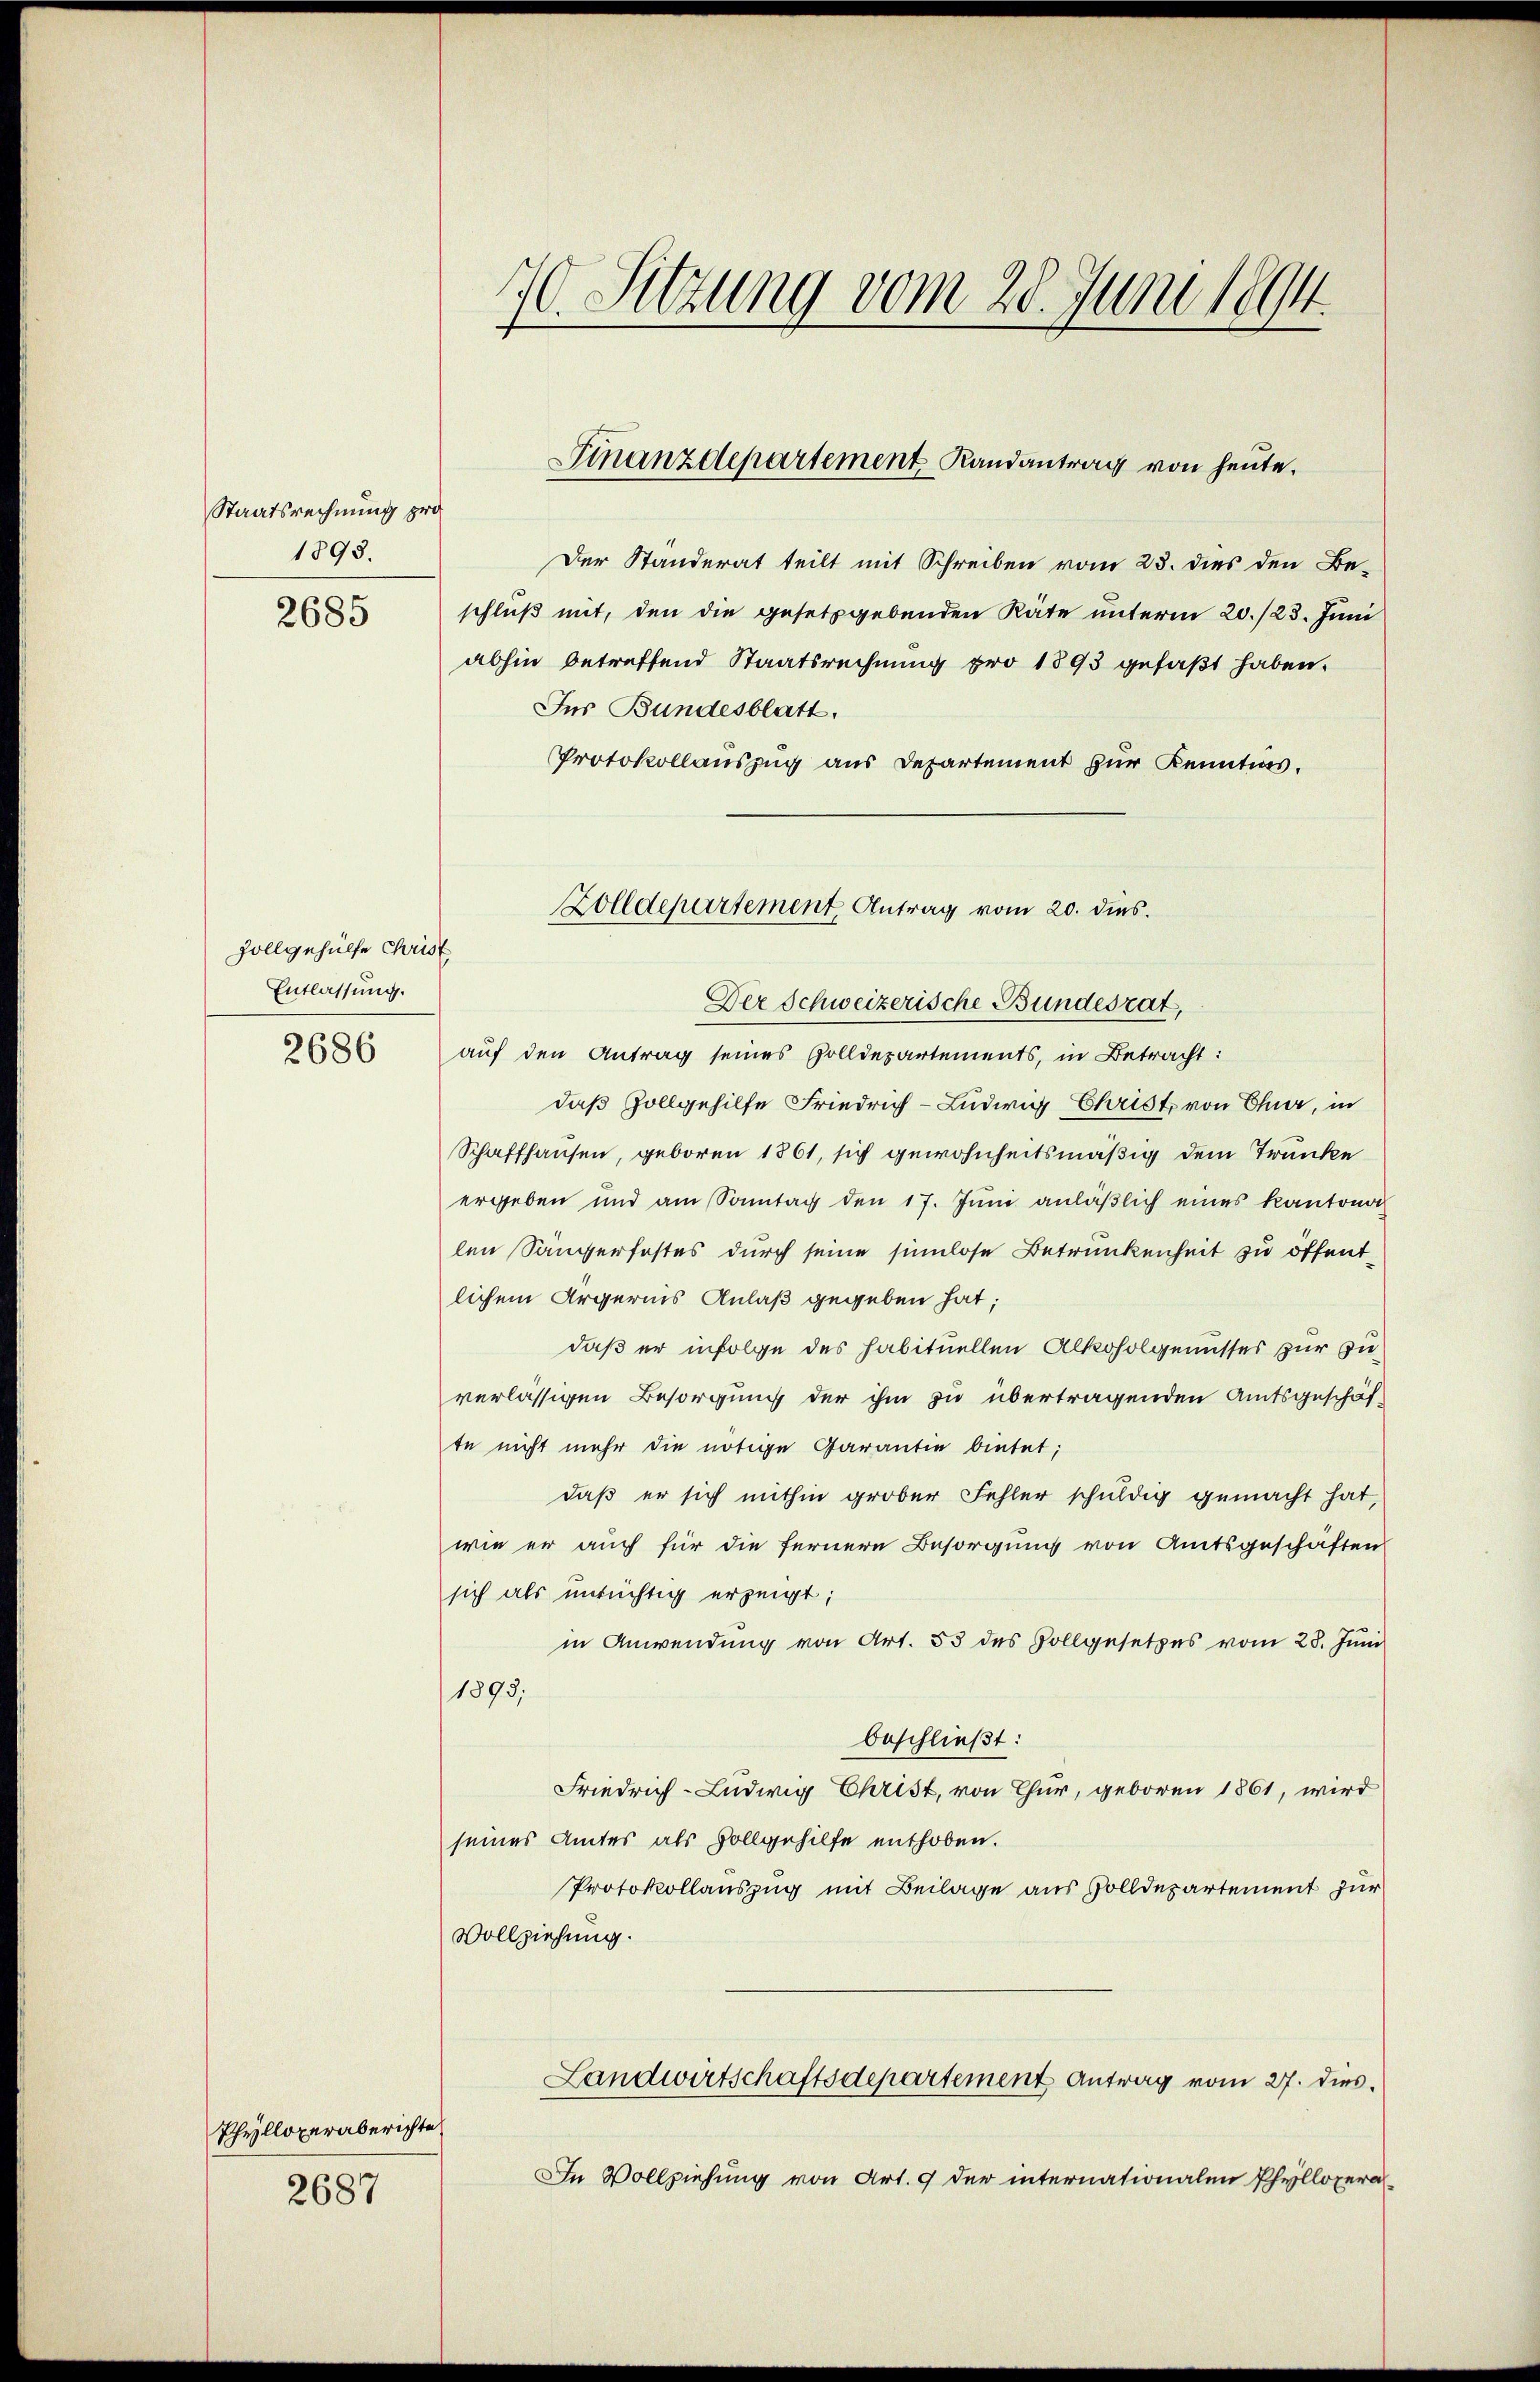
Staatsrechnung pro
1898.

2685

vollgehülfe Christ
Entlassung.

2686

Der Standerat teilt mit Schreiben vom 23. dies den Be-
schluß mit, den die gesetzgebenden Räte unterm 20./23. Juni
abhin betreffend Staatsrechnung pro 1893 gefaßt haben.
Ins Bundesblatt.
Protokollauszug aus Departement zur Kenntnis.
auf den Antrag seines Zolldepartements, in Betracht:
daß Zollgehilfe Friedrich-Ludwig Christ, von Chur, in
Schaffhausen, geboren 1861, sich gewohnheitsmäßig dem Trunke
ergeben und am Sonntag den 17. Jŭni anläβlich eines Kantonal
len Sängerfestes durch seine simlose Betrunkenheit zu öffentlichem Ärgerins Anlaß gegeben hat;
daß er infolge des habituellen Alkoholgenusses zur Zuverlässigen Besorgung der ihm zu übertragenden Amtsgeschäf-
te nicht mehr die nötige Garantie bietet;
daß er sich mithin grober Fehler schuldig gemacht hat,
wie er auch für die fernere Besorgung von Amtsgeschäften
sich als untüchtig erzeigt;
in Anwendung von Art. 53 des Vollgesetzes vom 28. Juni
1893,
beschließt:
Friedrich-Ludwig Christ, von Chur, geboren 1861, wird
seines Amtes als Vollgehilfe enthoben.
Protokollauszug mit Beilage aus Zolldepartement zur
Vollziehung.
Landwirtschaftsdepartement Antrag vom 27. dies¬
In Vollziehung von Art. 9 der internationalen Phyllopera¬

Phylloperaberichte
2687

70. Sitzung vom 28. Juni 1894.

Finanzdepartement Randantrag von heute.

Zolldepartement, Antrag vom 20. dies.
Der Schweizerische Bundesrat,